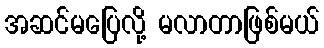
အဆင်မပြေလို့ မလာတာဖြစ်မယ်